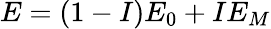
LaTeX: E=(1-I)E_{0}+IE_{M}